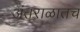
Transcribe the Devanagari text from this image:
अंतराळातच